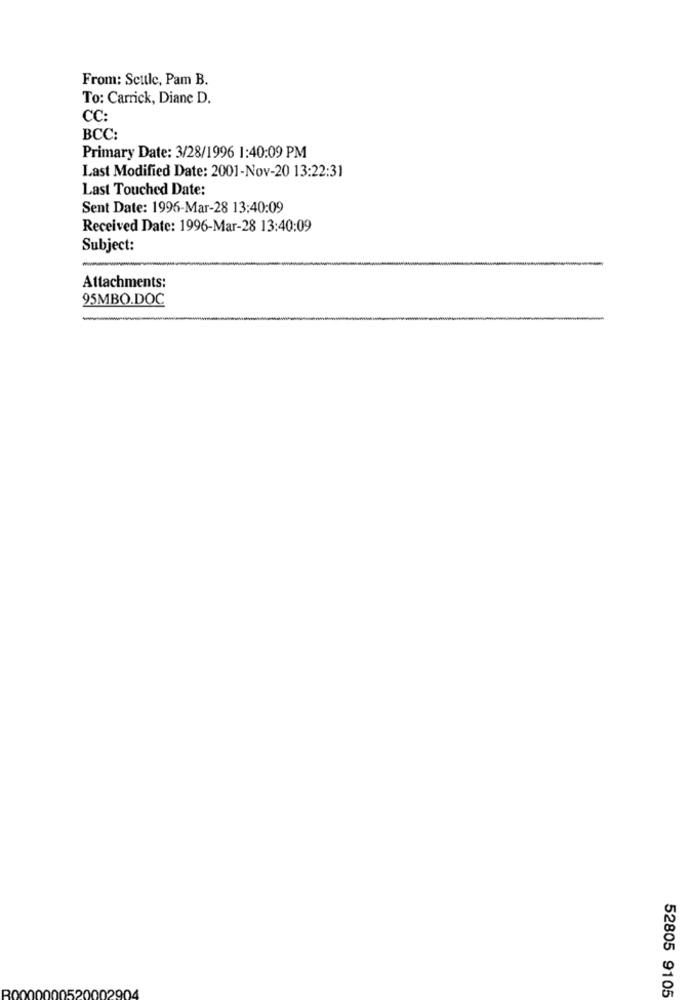
From: Settle, Pam B.
To: Carrick, Diane D.
CC:
BCC:
Primary Date: 3/28/1996 1:40:09 PM
Last Modified Date: 2001-Nov-20 13:22:31
Last Touched Date:
Sent Date: 1996-Mar-28 13:40:09
Received Date: 1996-Mar-28 13:40:09
Subject:
Attachments:
95MBO.DOC
52805 9105